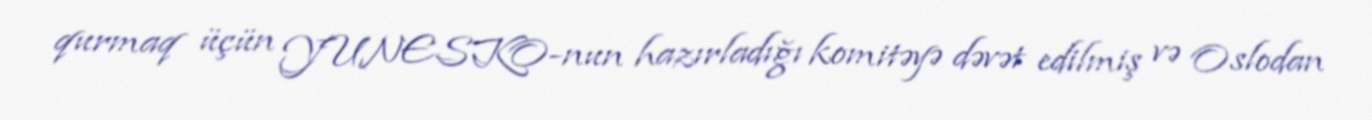
qurmaq üçün YUNESKO-nun hazırladığı komitəyə dəvət edilmiş və Oslodan